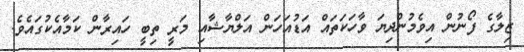
ޒިލާގެ ފޯނުން އިވެމުންދިޔަ ވާހަކަތައް އަޑުއަހަން އަލްޔާޝާއި މަރީ ތިބީ ހައިރާން ކަމާއެކުގައެވެ.